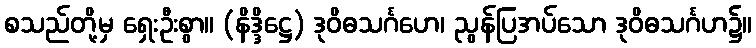
စသည်တို့မှ ရှေးဦးစွာ။ (နိဒ္ဒိဋ္ဌေ) ဒုဝိဓသင်္ဂဟေ၊ ညွန်ပြအပ်သော ဒုဝိဓသင်္ဂဟ၌။